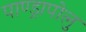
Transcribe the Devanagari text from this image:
पाण्ड्रापोलु